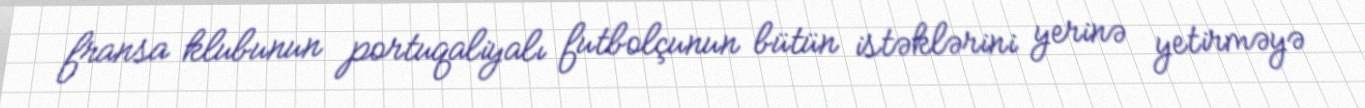
fransa klubunun portuqaliyalı futbolçunun bütün istəklərini yerinə yetirməyə